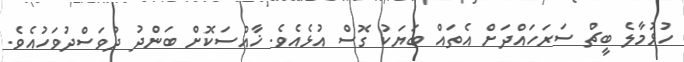
ހުޅުމާލެ ބީޗް ސަރަހައްދަށް އެތައް ބަޔަކު ގޮސް އުޅެއެވެ. ޚާއްސަކޮށް ބަންދު ދުވަސްދުވަހުއެވެ.